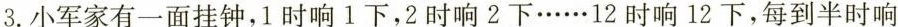
3.小军家有一面挂钟，1时响1下，2时响2下……12时响12下，每到半时响